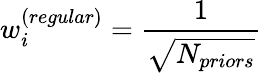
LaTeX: w_{i}^{\left(regular\right)}=\frac{1}{\sqrt{N_{priors}}}